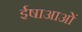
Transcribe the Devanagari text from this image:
ईषाआओं